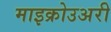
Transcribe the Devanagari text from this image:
माइक्रोउअरी